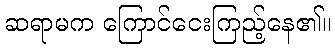
ဆရာမက ကြောင်ငေးကြည့်နေ၏။